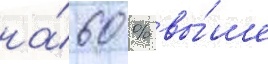
на́ 60 % вы́ше